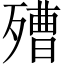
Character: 𣩒